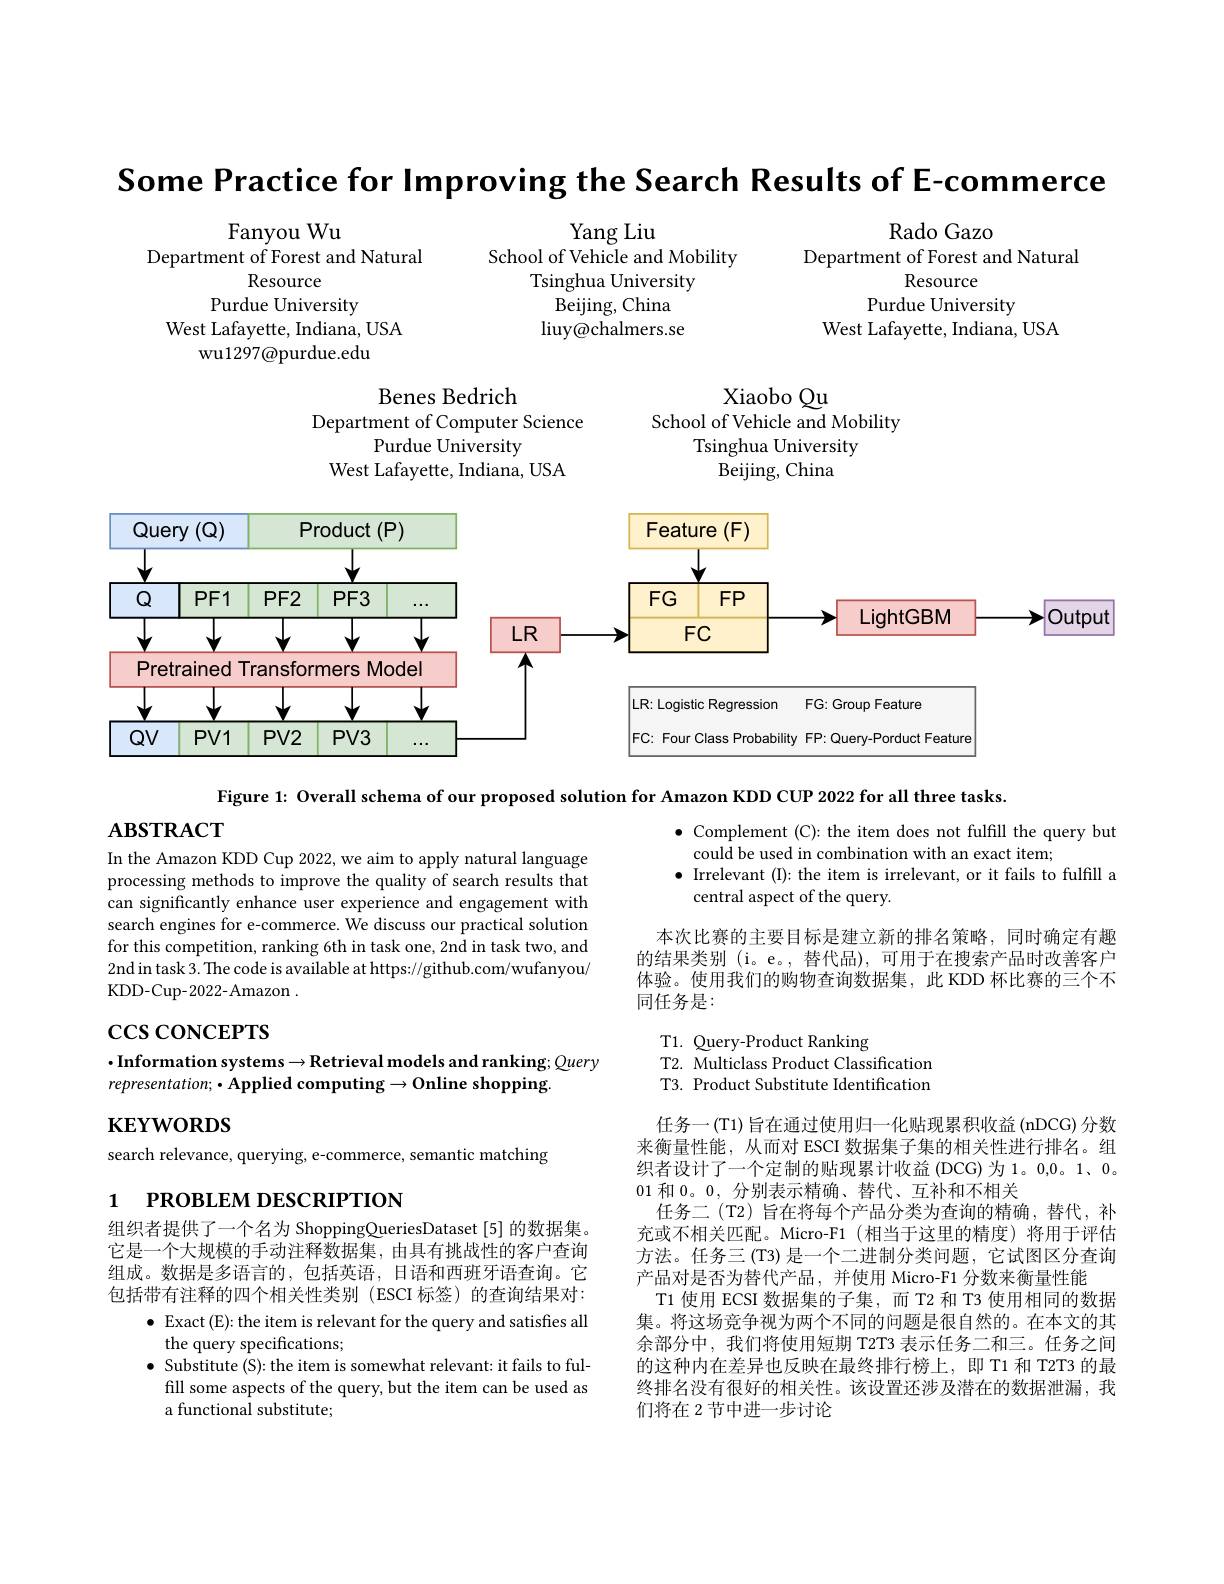
Some Practice for Improving the Search Results of E-commerce

Yang Liu

School of Vehicle and Mobility

Rado Gazo
Department of Forest and Natural
Resource
Purdue University
West Lafayette, Indiana, USA

Tsinghua University

Fanyou Wu
Department of Forest and Natural
Resource
Purdue University
West Lafayette, Indiana, USA
wu1297@purdue.edu

Beijing, China

liuy@chalmers.se

Xiaobo Qu
Benes Bedrich
School of Vehicle and Mobility
Department of Computer Science
Purdue University
Tsinghua University
West Lafayette, Indiana, USA
Beijing, China

<FigureHere>

Figure 1: Overall schema of our proposed solution for Amazon KDD CUP 2022 for all three tasks.

## $\mathbf{ABSTRACT}$

$\bullet$ Complement (C): the item does not fulfill the query but
could be used in combination with an exact item;
$\bullet$ Irrelevant (I): the item is irrelevant, or it fails to fulfill a
central aspect of the query.

In the Amazon KDD Cup 2022, we aim to apply natural language processing methods to improve the quality of search results that can significantly enhance user experience and engagement with search engines for e-commerce. We discuss our practical solution for this competition, ranking 6th in task one, 2nd in task two, and 2nd in task 3. The code is available at https://github.com/wufanyou/ KDD-Cup-2022-Amazon .

本次比赛的主要目标是建立新的排名策略，同时确定有趣的结果类别 (i。e。, 替代品),可用于在搜索产品时改善客户体验。使用我们的购物查询数据集，此 KDD 杯比赛的三个不同任务是：

$\csc \cos$conceprs

T1. Query-Product Ranking
T2. Multiclass Product Classification T3. Product Substitute Identification

## $\cdot$Information systems$\to$Retrieval models and ranking; Query $representation;\bullet$Applied computing$\to0$nline shopping.

$\mathbf{KEYWORDS}$

search relevance, querying, e-commerce, semantic matching

# 1 PROBLEM DESCRIPTION

任务一(T1) 旨在通过使用归一化贴现累积收益 (nDCG) 分数来衡量性能，从而对 ESCI 数据集子集的相关性进行排名。组织者设计了一个定制的贴现累计收益 (DCG)为 1。0,0。1、0。01和0。0,分别表示精确、替代、互补和不相关
任务二 (T2) 旨在将每个产品分类为查询的精确，替代，补充或不相关匹配。Micro-F1(相当于这里的精度)将用于评估方法。任务三(T3) 是一个二进制分类问题，它试图区分查询产品对是否为替代产品，并使用 Micro-F1 分数来衡量性能
T1 使用 ECSI 数据集的子集，而 T2 和 T3 使用相同的数据集。将这场竞争视为两个不同的问题是很自然的。在本文的其余部分中，我们将使用短期 T2T3 表示任务二和三。任务之间的这种内在差异也反映在最终排行榜上，即 T1 和 T2T3 的最终排名没有很好的相关性。该设置还涉及潜在的数据泄漏，我们将在 2 节中进一步讨论

组织者提供了一个名为 Shopping$\textcircled{\text{OueriesDataset[5]的数据集。}}$ 它是一个大规模的手动注释数据集，由具有挑战性的客户查询组成。数据是多语言的，包括英语，日语和西班牙语查询。它包括带有注释的四个相关性类别 (ESCI 标签) 的查询结果对：
$\bullet$ Exact (E): the item is relevant for the query and satisfies all
the query specifications;
$\bullet$ Substitute (S): the item is somewhat relevant: it fails to fulfill some aspects of the query, but the item can be used as a functional substitute;